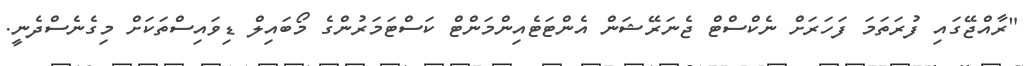
"ރާއްޖޭގައި ފުރަތަމަ ފަހަރަށް ނެކްސްޓް ޖެނަރޭޝަން އެންޓަޓެއިންމަންޓް ކަސްޓަމަރުންގެ މޯބައިލް ޑިވައިސްތަކަށް މިގެނެސްދެނީ.